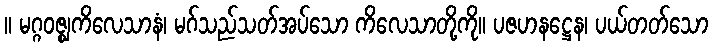
။ မဂ္ဂဝဇ္ဈကိလေသာနံ၊ မဂ်သည်သတ်အပ်သော ကိလေသာတို့ကို။ ပဇဟနဋ္ဌေန၊ ပယ်တတ်သော